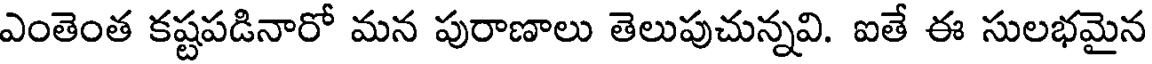
ఎంతెంత కష్టపడినారో మన పురాణాలు తెలుపుచున్నవి. ఐతే ఈ సులభమైన